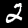
Digit: 2